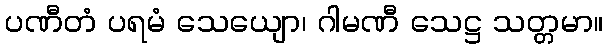
ပဏီတံ ပရမံ သေယျော၊ ဂါမဏီ သေဋ္ဌ သတ္တမာ။